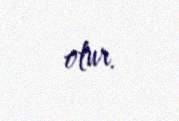
olur.